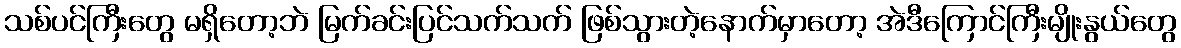
သစ်ပင်ကြီးတွေ မရှိတော့ဘဲ မြက်ခင်းပြင်သက်သက် ဖြစ်သွားတဲ့နောက်မှာတော့ အဲဒီကြောင်ကြီးမျိုးနွယ်တွေ